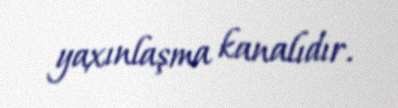
yaxınlaşma kanalıdır.